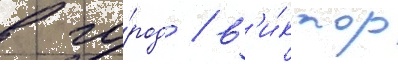
в го́род / в'и́ктор